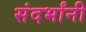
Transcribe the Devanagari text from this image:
संदर्भांनी